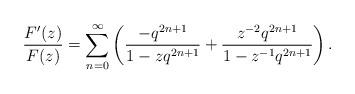
LaTeX: \begin{align*}\frac{F'(z)}{F(z)}=\sum_{n=0}^\infty \left(\frac{-q^{2n+1}}{1-zq^{2n+1}}+\frac{z^{-2}q^{2n+1}}{1-z^{-1}q^{2n+1}} \right). \end{align*}